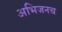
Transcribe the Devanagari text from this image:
अभिजनच